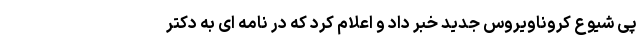
پی شیوع کروناویروس جدید خبر داد و اعلام کرد که در نامه ای به دکتر